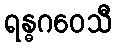
ရန္ဓဂဝေသီ